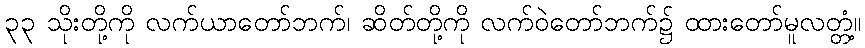
၃၃ သိုးတို့ကို လက်ယာတော်ဘက်၊ ဆိတ်တို့ကို လက်ဝဲတော်ဘက်၌ ထားတော်မူလတ္တံ့။